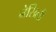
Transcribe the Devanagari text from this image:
नेसिली